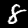
Label: 8